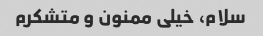
سلام، خیلی ممنون و متشکرم